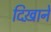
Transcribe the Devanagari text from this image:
दिख़ाने